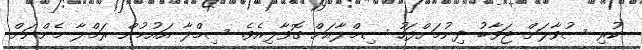
ކުރި ސުވާލަށް ޖަވާބު ދިނުމަށްފަހު ސިމްލާއަށް ގޮވާލިއެވެ. ސިމްލާ އައުމުން ރަމްލާ މެންނަށް